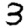
Digit: 3